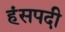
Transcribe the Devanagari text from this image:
हंसपदी